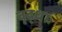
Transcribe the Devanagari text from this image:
वृद्धाः